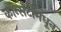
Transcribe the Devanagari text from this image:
कॉन्सर्टांंमधून